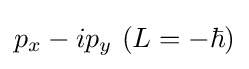
p_{x}-ip_{y}~(L=-\hbar )